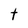
Character: t